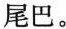
尾巴。